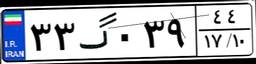
۳۳گ۰۳۹۴۴